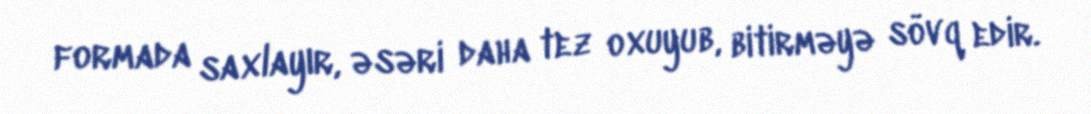
formada saxlayır, əsəri daha tez oxuyub, bitirməyə sövq edir.